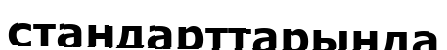
стандарттарында